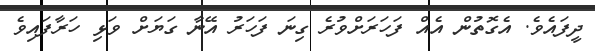
ދީފައެވެ. އެގޮތުން އެއް ފަހަރަށްވުރެ ގިނަ ފަހަރު އޭނާ ގަޔަށް ވަޅި ހަރާފައިވެ